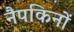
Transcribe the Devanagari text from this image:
नैपकिनों